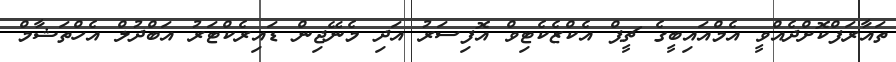
ތައާރަފްކޮށްދެއްވީ އެމްއައިބީގެ ޗީޕް އެކްޒެކެޓިވް އޮފިސަރު އަދި މެނޭޖިން ޑައިރެކްޓަރު އަބްދުލް އެހްތަޝާމް